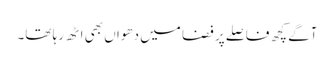
آگے کچھ فاصلے پر فضا میں دھواں بھی اٹھ رہا تھا۔